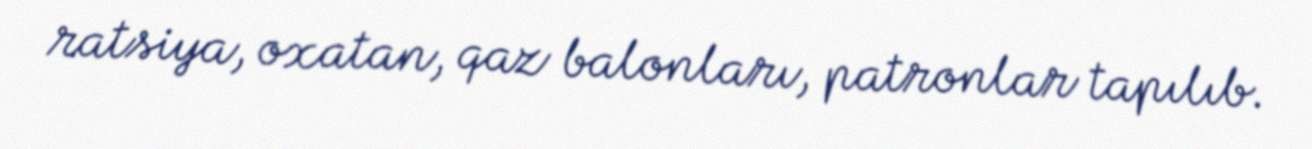
ratsiya, oxatan, qaz balonları, patronlar tapılıb.